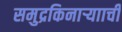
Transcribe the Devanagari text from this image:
समुद्रकिनाऱ्यााची